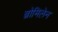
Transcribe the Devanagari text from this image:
ब्रोमिलेन